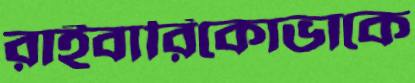
রাইবারিকোভাকে